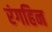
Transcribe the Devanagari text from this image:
रंगहिन